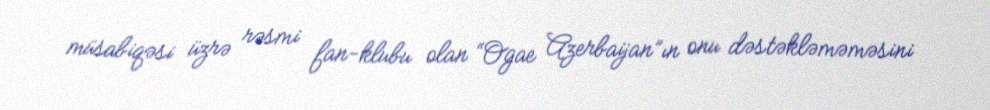
müsabiqəsi üzrə rəsmi fan-klubu olan “Ogae Azerbaijan”ın onu dəstəkləməməsini